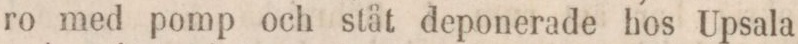
ro med pomp och ståt deponerade hos Upsala